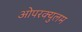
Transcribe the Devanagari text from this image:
ओपरक्युलम